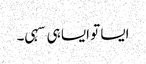
ایسا تو ایسا ہی سہی۔